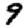
Digit: 9